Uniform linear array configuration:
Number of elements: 24
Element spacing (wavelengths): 1
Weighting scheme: blackman
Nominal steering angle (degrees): -60
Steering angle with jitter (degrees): -61.166
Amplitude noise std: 0.05
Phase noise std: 0.05

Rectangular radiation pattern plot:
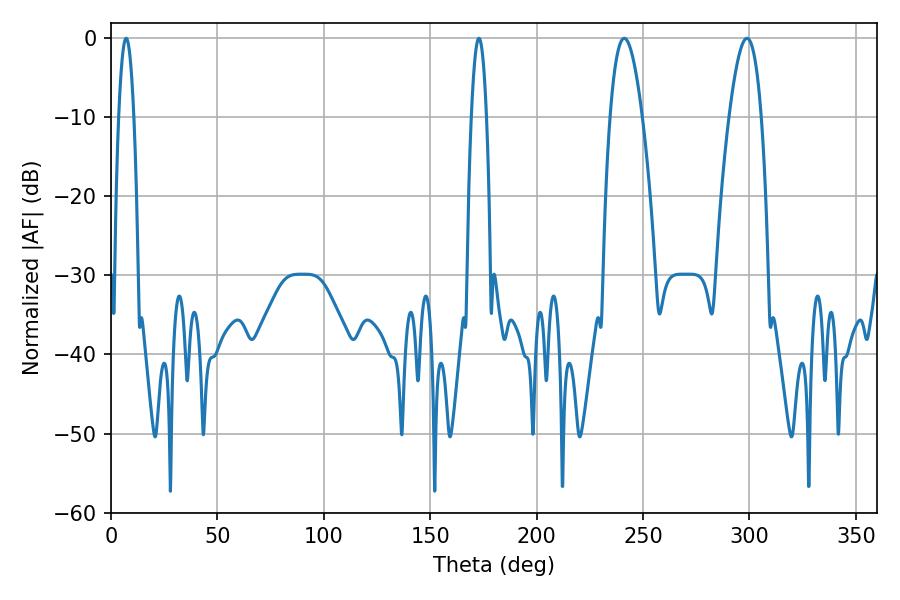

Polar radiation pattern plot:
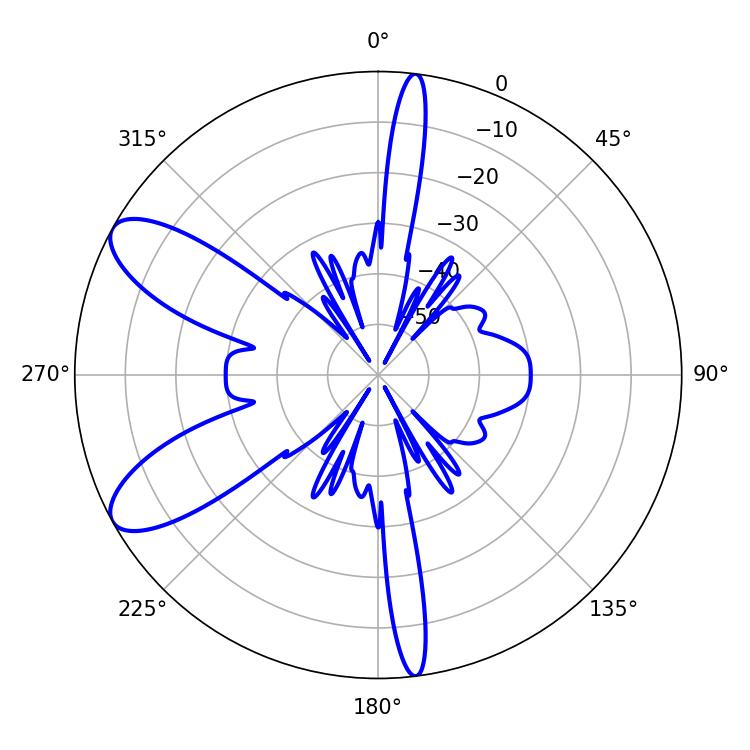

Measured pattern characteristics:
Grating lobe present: TRUE
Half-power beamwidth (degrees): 8.28
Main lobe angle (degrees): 241.2